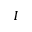
I